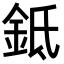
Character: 𬫌